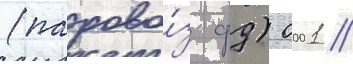
(парово́з фд) 0001 //